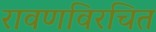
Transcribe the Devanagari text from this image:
रावणविरचित